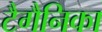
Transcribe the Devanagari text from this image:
टैगैनिका